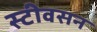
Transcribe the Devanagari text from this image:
स्टीवसन